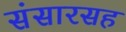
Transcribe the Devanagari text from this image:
संसारसह